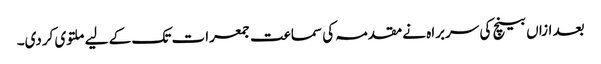
بعد ازاں بینچ کی سربراہ نے مقدمہ کی سماعت جمعرات تک کے لیے ملتوی کردی۔